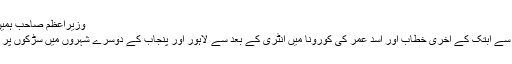
وزیراعظم صاحب ہمیں لڑنا نہیں بچنا ہے
وزیراعظم کے قوم سے ابتک کے آخری خطاب اور اسد عمر کی کورونا میں انٹری کے بعد سے لاہور اور پنجاب کے دوسرے شہروں میں سڑکوں پر رونق بڑھ گئی ہے۔